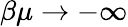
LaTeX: \beta\mu\rightarrow-\infty